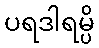
ပရဒါရမ္ပိ